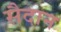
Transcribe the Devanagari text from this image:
सैदान